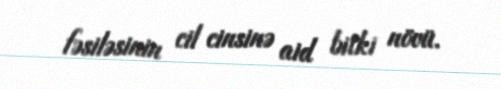
fəsiləsinin cil cinsinə aid bitki növü.